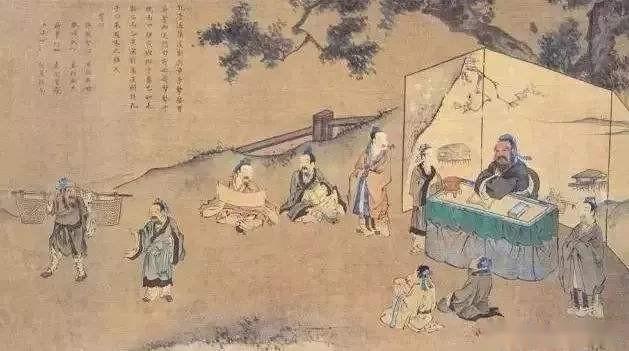
以德就列，以官服事，以劳殿赏，量功而分禄。